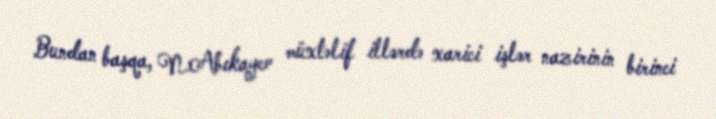
Bundan başqa, N.Abıkayev müxtəlif illərdə xarici işlər nazirinin birinci